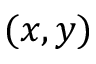
( x , y )